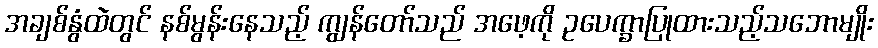
အချစ်နွံထဲတွင် နစ်မွန်းနေသည့် ကျွန်တော်သည် အဖေ့ကို ဥပေက္ခာပြုထားသည့်သဘောမျိုး